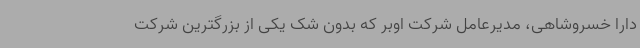
دارا خسروشاهی، مدیرعامل شرکت اوبر که بدون شک یکی از بزرگترین شرکت‌